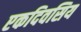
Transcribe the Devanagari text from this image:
एकदिवसिय